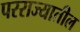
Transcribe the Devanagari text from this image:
परराज्यातील